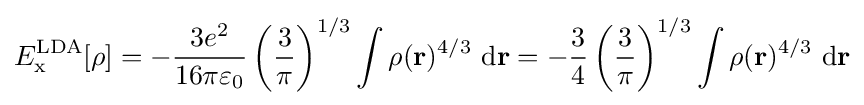
E_{\rm {x}}^{\mathrm {LDA} }[\rho ]=-{\frac {3e^{2}}{16\pi \varepsilon _{0}}}\left({\frac {3}{\pi }}\right)^{1/3}\int \rho (\mathbf {r} )^{4/3}\ \mathrm {d} \mathbf {r} =-{\frac {3}{4}}\left({\frac {3}{\pi }}\right)^{1/3}\int \rho (\mathbf {r} )^{4/3}\ \mathrm {d} \mathbf {r}